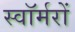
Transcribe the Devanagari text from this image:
स्वॉर्मरों